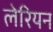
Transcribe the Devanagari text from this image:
लेरियन